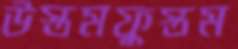
উস্তমফুস্তম